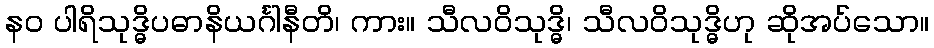
နဝ ပါရိသုဒ္ဓိပဓာနိယင်္ဂါနီတိ၊ ကား။ သီလဝိသုဒ္ဓိ၊ သီလဝိသုဒ္ဓိဟု ဆိုအပ်သော။